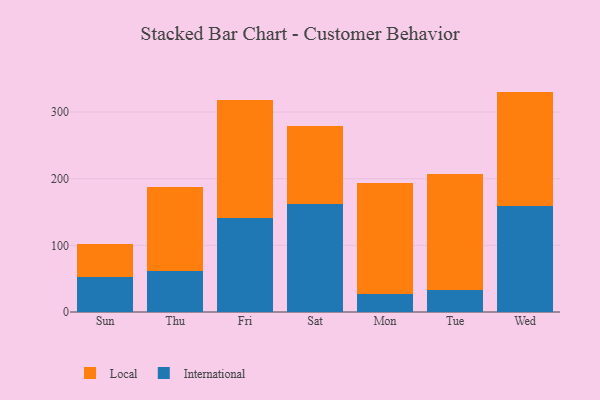
{"axis": {"x": "Day", "y": "Production Output"}, "legend": ["International", "Local"], "data": [{"x": "Sun", "y": 52.1, "type": "International"}, {"x": "Sun", "y": 50.2, "type": "Local"}, {"x": "Thu", "y": 61.3, "type": "International"}, {"x": "Thu", "y": 126.3, "type": "Local"}, {"x": "Fri", "y": 140.6, "type": "International"}, {"x": "Fri", "y": 177.1, "type": "Local"}, {"x": "Sat", "y": 162.0, "type": "International"}, {"x": "Sat", "y": 116.9, "type": "Local"}, {"x": "Mon", "y": 27.1, "type": "International"}, {"x": "Mon", "y": 166.3, "type": "Local"}, {"x": "Tue", "y": 33.0, "type": "International"}, {"x": "Tue", "y": 174.1, "type": "Local"}, {"x": "Wed", "y": 158.6, "type": "International"}, {"x": "Wed", "y": 172.1, "type": "Local"}]}